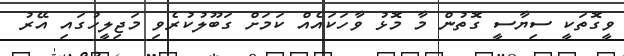
ވީގޮތަކީ ސިޔާސީ ގޮތުން މާ މޮޅު ވާހަކައެއް ކަމަށް ގަބޫލުކުރެވި މަޖިލީހުގައި އޭރު